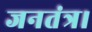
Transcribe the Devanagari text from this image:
जनतंत्र।